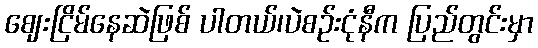
ဈေးငြိမ်နေဆဲဖြစ် ပါတယ်၊ပဲစဥ်းငုံနီက ပြည်တွင်းမှာ